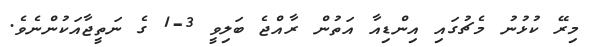
މިރޭ ކުޅުނު މެޗުގައި އިންޑިއާ އަތުން ރާއްޖެ ބަލިވީ 3-1 ގެ ނަތީޖާއަކުންނެވެ.